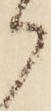
御